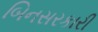
બિનસરકારી